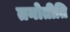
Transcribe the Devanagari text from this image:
तनोतीति